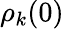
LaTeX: \rho_{k}(0)